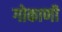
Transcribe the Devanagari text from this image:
गोकाणी